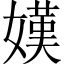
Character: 嫨